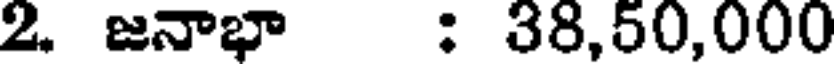
2. జనాభా : 38,50,000